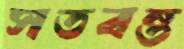
সতবন্ত